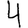
Digit: 4